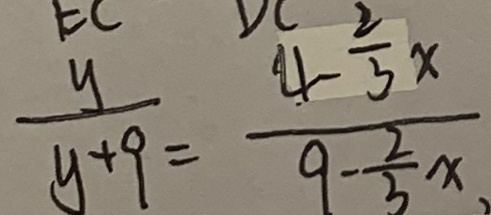
\frac { y } { y + 9 } = \frac { 4 - \frac { 2 } { 3 } x } { 9 - \frac { 2 } { 3 } x }